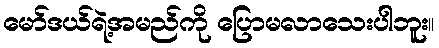
မော်ဒယ်ရဲ့အမည်ကို ပြောမလာသေးပါဘူး။